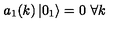
a _ { 1 } ( k ) \left| 0 _ { 1 } \right> = 0 \ \forall k